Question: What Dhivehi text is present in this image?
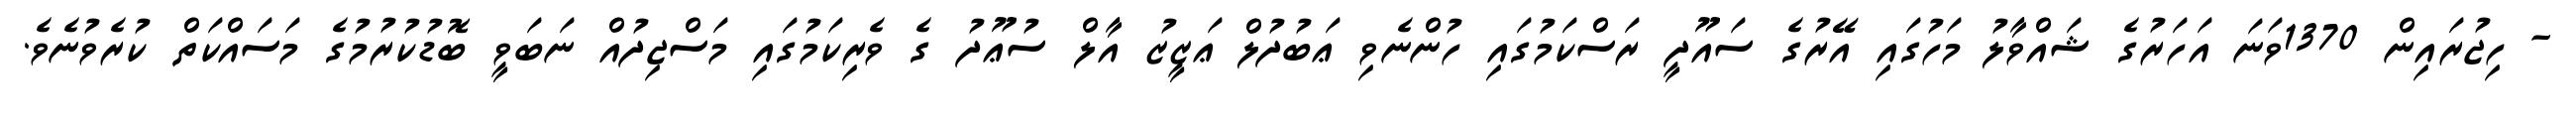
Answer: - ހިޖުރައިން 1370ވަނަ އަހަރުގެ ޝައްވާލު މަހުގައި އޭރުގެ ސައޫދީ ރަސްކަމުގައި ހުންނެވި ޢަބުދުލް ޢަޒީޒު އާލް ސުޢޫދު ގެ ވެރިކަމުގައި މަސްޖިދުއް ނަބަވީ ބޮޑުކުރުމުގެ މަސައްކަތް ކުރެވުނެވެ.